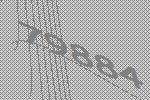
79884